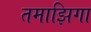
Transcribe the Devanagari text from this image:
तमाझिगा